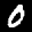
Label: 0